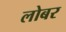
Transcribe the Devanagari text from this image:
लोबर